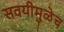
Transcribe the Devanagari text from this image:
सवयीमुळेच